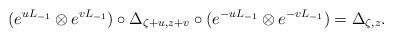
LaTeX: \begin{align*}(e^{u L_{-1}}\otimes e^{v L_{-1}})\circ\Delta_{\zeta +u,z +v}\circ(e^{-u L_{-1}}\otimes e^{-v L_{-1}}) = \Delta_{\zeta,z}.\end{align*}